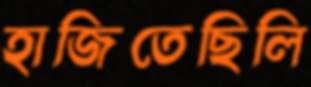
হাজিতেছিলি